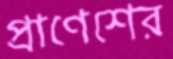
প্রাণেশের